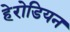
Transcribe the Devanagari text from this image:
हेरोडियन